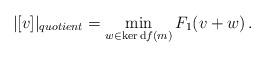
LaTeX: \begin{align*}|[v]|_{quotient} = \min_{w\in \ker {\rm d}f(m)} F_1(v+w) \, .\end{align*}